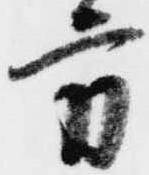
方